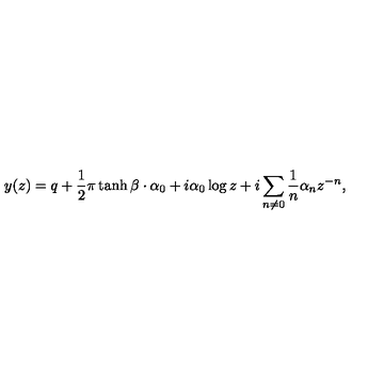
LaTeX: y ( z ) = q + \frac { 1 } { 2 } \pi \tanh \beta \cdot \alpha _ { 0 } + i \alpha _ { 0 } \log z + i \sum _ { n \neq 0 } \frac { 1 } { n } \alpha _ { n } z ^ { - n } ,